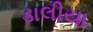
ડાલીયા